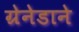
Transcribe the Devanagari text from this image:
ग्रेनेडाने